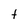
Character: t